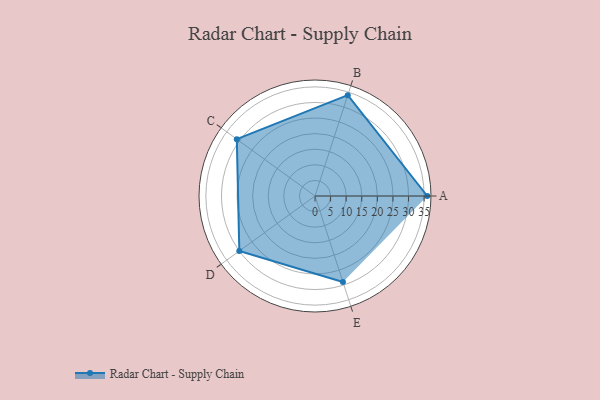
{"axis": {"x": "Skill", "y": "Score"}, "legend": ["Profile"], "data": [{"x": "A", "y": 36.0, "type": "Profile"}, {"x": "B", "y": 34.0, "type": "Profile"}, {"x": "C", "y": 31.0, "type": "Profile"}, {"x": "D", "y": 30.0, "type": "Profile"}, {"x": "E", "y": 29.0, "type": "Profile"}]}